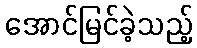
အောင်မြင်ခဲ့သည့်